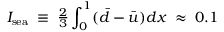
I _ { \mathrm { s e a } } \; \equiv \; { \textstyle \frac { 2 } { 3 } } \int _ { 0 } ^ { 1 } ( \bar { d } - \bar { u } ) d x \; \approx \; 0 . 1